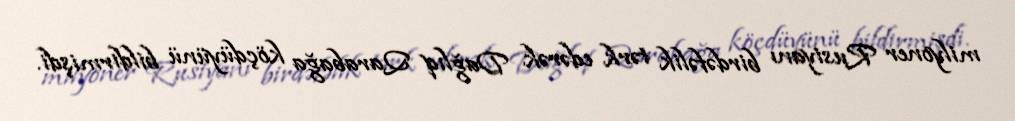
milyoner Rusiyanı birdəfəlik tərk edərək Dağlıq Qarabağa köçdüyünü bildirmişdi.